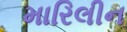
મારિલીન